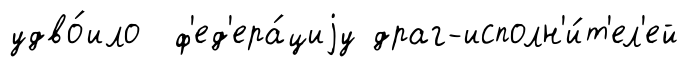
удво́ило ф'ед'ера́циjу драг-исполн'и́т'ел'ей